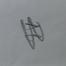
Signature authenticity: genuine